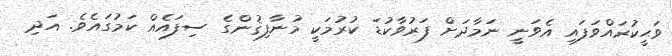
ވަޙީކުރައްވަފައި އެވަނީ ނަމާދަށް ފަރުވާކުޑަ ކުރުމަކީ މުނާފިޤުންގެ ސިފައެއް ކަމުގައެވެ. އަދި